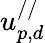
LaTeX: u_{p,d}^{//}